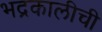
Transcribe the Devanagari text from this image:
भद्रकालीची